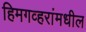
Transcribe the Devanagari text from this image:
हिमगव्हरांमधील